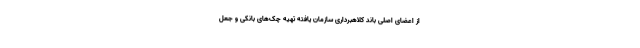
از اعضای اصلی باند کلاهبرداری سازمان یافته تهیه چک‌های بانکی و جعل